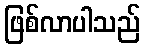
ဖြစ်လာပါသည်